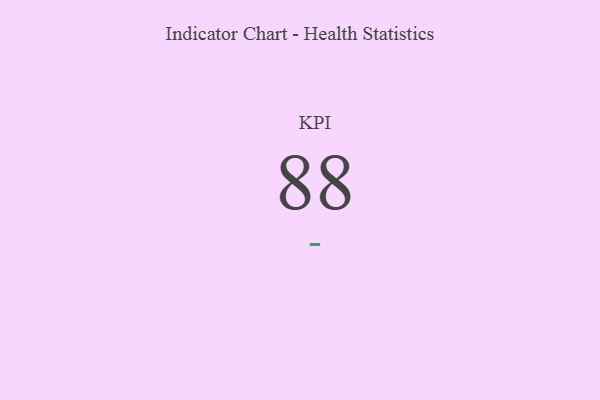
{"axis": {"x": "KPI", "y": "Value"}, "legend": [""], "data": [{"x": "KPI", "y": 88, "type": ""}]}